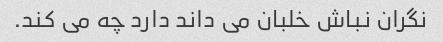
نگران نباش خلبان می داند دارد چه می کند.